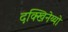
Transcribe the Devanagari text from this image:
दक्खिनेय्यो